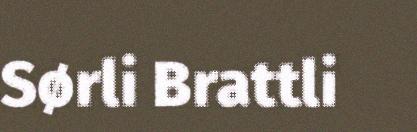
Sørli Brattli